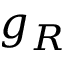
g _ { R }